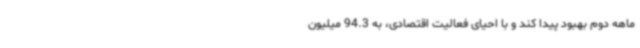
ماهه دوم بهبود پیدا کند و با احیای فعالیت اقتصادی، به 94.3 میلیون